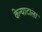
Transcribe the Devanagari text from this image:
केन्याटाला